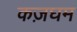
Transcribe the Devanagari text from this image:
कज़घम